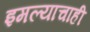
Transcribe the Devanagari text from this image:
इमल्याचाही